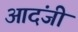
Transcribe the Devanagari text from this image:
आदंजी